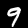
Label: 9